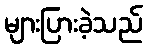
များပြားခဲ့သည်